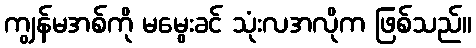
ကျွန်မအစ်ကို မမွေးခင် သုံးလအလိုက ဖြစ်သည်။